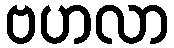
ဗဟလာ